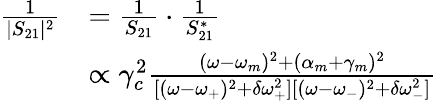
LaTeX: \begin{array}{rl}{\frac{1}{|S_{21}|^{2}}}&{=\frac{1}{S_{21}}\cdot\frac{1}{S_{21}^{*}}}\\ &{\propto\gamma_{c}^{2}\frac{(\omega-\omega_{m})^{2}+(\alpha_{m}+\gamma_{m})^{2}}{[(\omega-\omega_{+})^{2}+\delta\omega_{+}^{2}][(\omega-\omega_{-})^{2}+\delta\omega_{-}^{2}]}}\end{array}